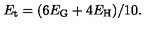
E _ { \mathrm { t } } = ( 6 E _ { \mathrm { G } } + 4 E _ { \mathrm { H } } ) / 1 0 .